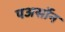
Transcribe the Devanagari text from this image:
पअर्सोन